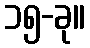
၁၅-ခု။